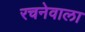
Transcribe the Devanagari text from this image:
रचनेवाला